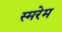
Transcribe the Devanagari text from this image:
स्मरेम